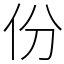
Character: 份